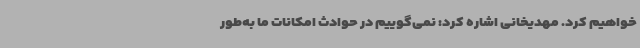
خواهیم کرد. مهدیخانی اشاره کرد: نمی‌گوییم در حوادث امکانات ما به‌طور